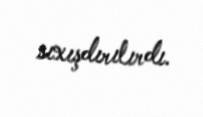
sıxışdırılırdı.